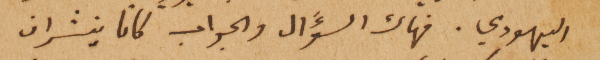
اليهودي. فهاك السؤَل والجواب كانا ينشران